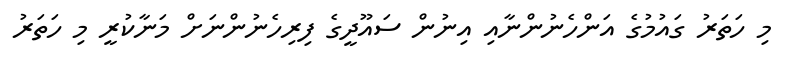
މި ހަތަރު ގައުމުގެ އަންހެނުންނާއި އިނުން ސައޫދީގެ ފިރިހެނުންނަށް މަނާކުރީ މި ހަތަރު